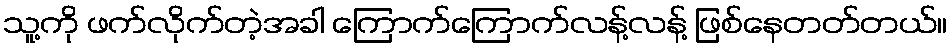
သူ့ကို ဖက်လိုက်တဲ့အခါ ကြောက်ကြောက်လန့်လန့် ဖြစ်နေတတ်တယ်။